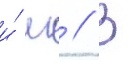
и́ лв // В